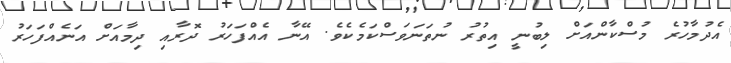
އެދުމާހުރެ މުސްކާންއަށް ލިބުނީ އިތުރު ނުތަނަވަސްކަމެކެވެ. އޭނާ އެއްފަހަރު ދޮރާއި ދިމާއަށް އަނެއްފަހަރު